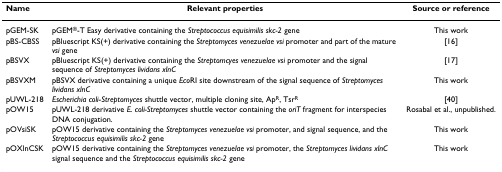
<table><thead><tr><td><b>Name</b></td><td><b>Relevant properties</b></td><td><b>Source or reference</b></td></tr></thead><tbody><tr><td>pGEM-SK</td><td>pGEM<sup>®</sup>-T Easy derivative containing the <i>Streptococcus equisimilis skc-2 </i>gene</td><td>This work</td></tr><tr><td>pBS-CBSS</td><td>pBluescript KS(+) derivative containing the <i>Streptomyces venezuelae vsi </i>promoter and part of the mature <i>vsi </i>gene</td><td>[16]</td></tr><tr><td>pBSVX</td><td>pBluescript KS(+) derivative containing the <i>Streptomcyes venezuelae vsi </i>promoter and the signal sequence of <i>Streptomyces lividans xlnC</i></td><td>[17]</td></tr><tr><td>pBSVXM</td><td>pBSVX derivative containing a unique <i>Eco</i>RI site downstream of the signal sequence of <i>Streptomyces lividans xlnC</i></td><td>This work</td></tr><tr><td>pUWL-218</td><td><i>Escherichia coli</i>-<i>Streptomyces </i>shuttle vector, multiple cloning site, Ap<sup>R</sup>, Tsr<sup>R</sup></td><td>[40]</td></tr><tr><td>pOW15</td><td>pUWL-218 derivative <i>E. coli-Streptomyces </i>shuttle vector containing the <i>oriT </i>fragment for interspecies DNA conjugation.</td><td>Rosabal et al., unpublished.</td></tr><tr><td>pOVsiSK</td><td>pOW15 derivative containing the <i>Streptomyces venezuelae vsi </i>promoter, and signal sequence, and the <i>Streptococcus equisimilis skc-2 </i>gene</td><td>This work</td></tr><tr><td>pOXlnCSK</td><td>pOW15 derivative containing the <i>Streptomyces venezuelae vsi </i>promoter, the <i>Streptomyces lividans xlnC </i>signal sequence and the <i>Streptococcus equisimilis skc-2 </i>gene</td><td>This work</td></tr></tbody></table>